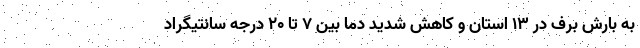
به بارش برف در ۱۳ استان و کاهش شدید دما بین ۷ تا ۲۰ درجه سانتیگراد